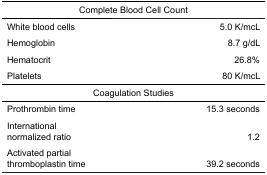
<table><thead><tr><td colspan="2"><b>Complete Blood Cell Count</b></td></tr></thead><tbody><tr><td>White blood cells</td><td>5.0 K/mcL</td></tr><tr><td>Hemoglobin</td><td>8.7 g/dL</td></tr><tr><td>Hematocrit</td><td>26.8%</td></tr><tr><td>Platelets</td><td>80 K/mcL</td></tr><tr><td colspan="2">Coagulation Studies</td></tr><tr><td>Prothrombin time</td><td>15.3 seconds</td></tr><tr><td>International normalized ratio</td><td>1.2</td></tr><tr><td>Activated partial thromboplastin time</td><td>39.2 seconds</td></tr></tbody></table>